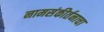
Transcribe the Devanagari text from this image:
नामसंकीर्तनाचा